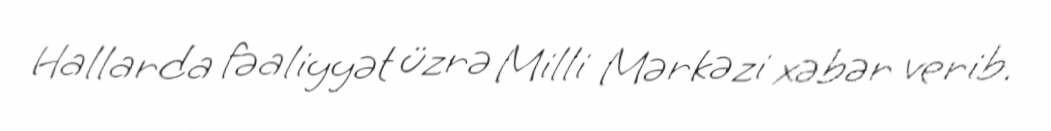
Hallarda fəaliyyət üzrə Milli Mərkəzi xəbər verib.